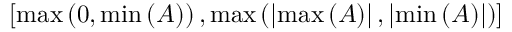
\left[ \operatorname* { m a x } \left( 0 , \operatorname* { m i n } \left( A \right) \right) , \operatorname* { m a x } \left( \left| \operatorname* { m a x } \left( A \right) \right| , \left| \operatorname* { m i n } \left( A \right) \right| \right) \right]